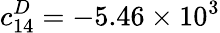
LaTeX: c_{14}^{D}=-5.46\times 10^{3}